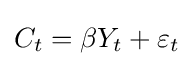
C_{t}=\beta Y_{t}+\varepsilon _{t}